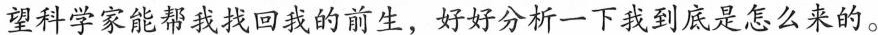
望科学家能帮我找回我的前生，好好分析一下我到底是怎么来的。